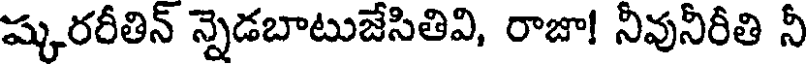
ష్కరరీతిన్ న్నెడబాటుజేసితివి, రాజా! నీవునీరీతి నీ